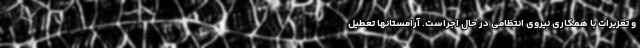
و تعزیرات با همکاری نیروی انتظامی در حال اجراست. آرامستانها تعطیل